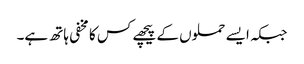
جبکہ ایسے حملوں کے پیچھے کس کا مخفی ہاتھ ہے۔